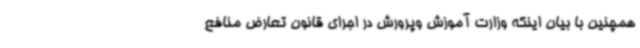
همچنین با بیان اینکه وزارت آموزش وپرورش در اجرای قانون تعارض منافع